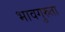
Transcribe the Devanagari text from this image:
भावगुरुता